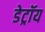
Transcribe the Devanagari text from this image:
डेट्रॉय